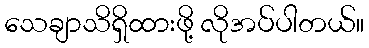
သေချာသိရှိထားဖို့ လိုအပ်ပါတယ်။